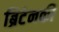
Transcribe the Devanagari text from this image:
ब्रिटेनकी